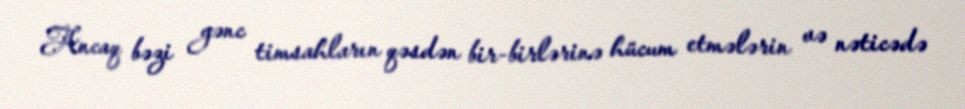
Ancaq bəzi gənc timsahların qəsdən bir-birlərinə hücum etmələrin və nəticədə